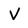
Character: V